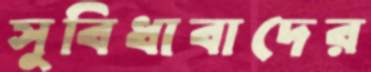
সুবিধাবাদের